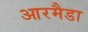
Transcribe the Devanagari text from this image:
आरमैडा